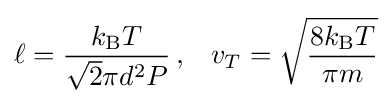
\ell ={\frac {k_{\rm {B}}T}{{\sqrt {2}}\pi d^{2}P}}\,,\;\;\;v_{T}={\sqrt {\frac {8k_{\rm {B}}T}{\pi m}}}